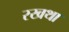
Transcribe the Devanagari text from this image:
रखथा